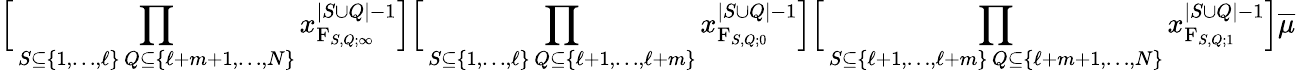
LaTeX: \Big[\prod_{\substack{S\subseteq\{ 1,\ldots,\ell\} \, Q\subseteq\{ \ell+m+1,\ldots,N\} }}x_{\mathrm{F}_{S,Q;\infty}}^{|S\cup Q|-1}\Big]\Big[\prod_{\substack{S\subseteq\{ 1,\ldots,\ell\} \, Q\subseteq\{ \ell+1,\ldots,\ell+m\} }}x_{\mathrm{F}_{S,Q;0}}^{|S\cup Q|-1}\Big]\Big[\prod_{\substack{S\subseteq\{ \ell+1,\ldots,\ell+m\} \, Q\subseteq\{ \ell+m+1,\ldots,N\} }}x_{\mathrm{F}_{S,Q;1}}^{|S\cup Q|-1}\Big]\overline{{\mu}}